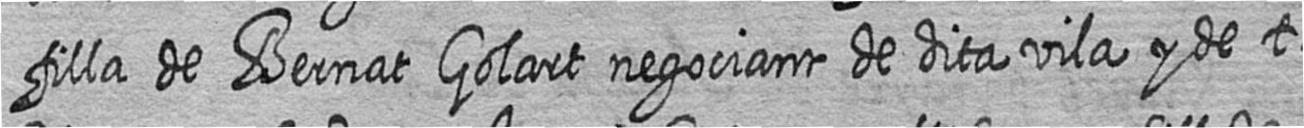
filla de Bernat Golart negociant de dita vila y de t